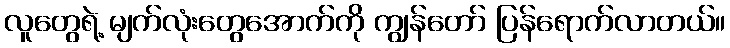
လူတွေရဲ့ မျက်လုံးတွေအောက်ကို ကျွန်တော် ပြန်ရောက်လာတယ်။